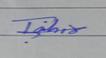
Signature authenticity: genuine